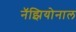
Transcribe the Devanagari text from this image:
नॅझियोनाल